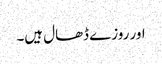
اور روزے ڈھال ہیں۔